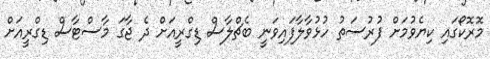
މޮރޮކޯގައި ކިޔެވުމަށް ފުރުސަތު ހުޅުވާލާފައިވަނީ ބެޗްލާސް ޑިގްރީއަށް ދެ ޖާގަ މާސްޓާސް ޑިގްރީއަށް